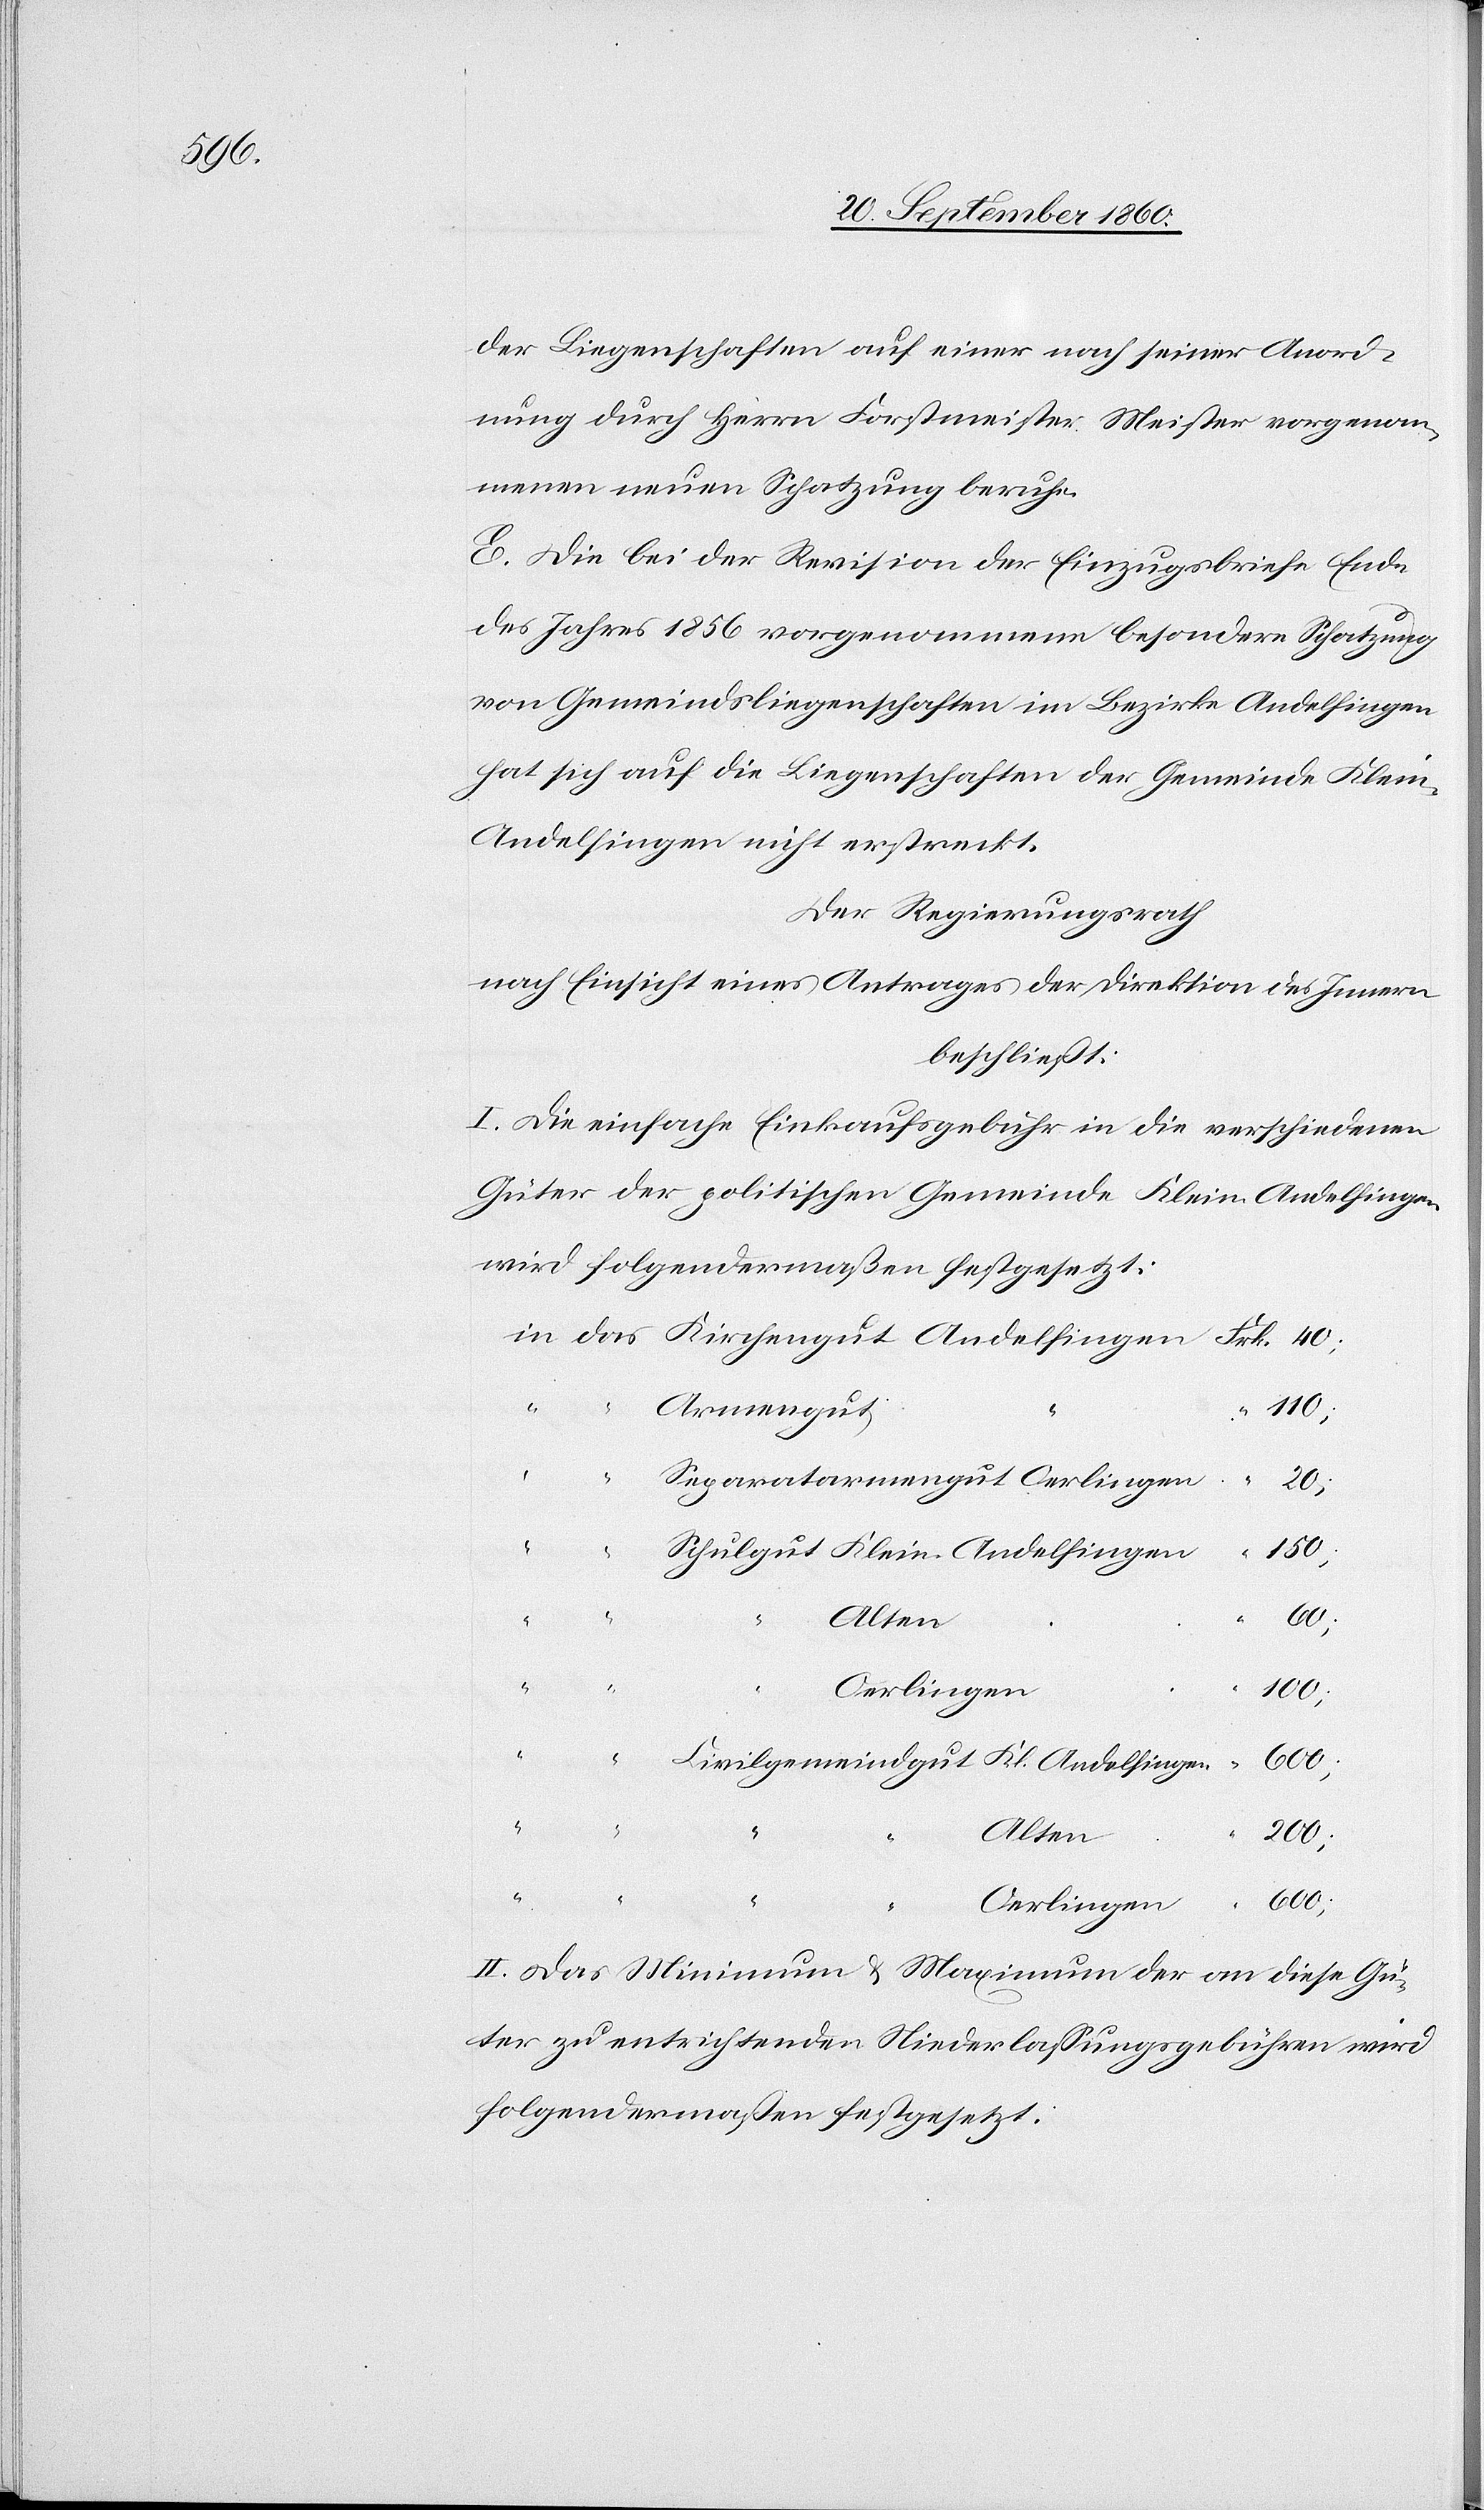
600;

der Liegenshaften auf einer nach seiner Anord¬
nung durch Herrn Forstmeister Meister vorgenom¬
menen neuen Schatzung beruhe.
E. Die bei der Revision der Einzugsbriefe Ende
des Jahres 1856 vorgenommene besondere Schatzung
von Gemeindsliegenschaften im Bezirke Andelfingen
hat sich auf die Liegenschaften der Gemeinde Klein-A¬
ndelfingen nicht erstreckt.
Der Regierungsrath
nach Einsicht eines Antrages der Direktion des Innern
beschließt:
I. Die einfache Einkaufsgebühr in die verschiedenen
Güter der politischen Gemeinde Klein-Andelfingen
wird folgendermaßen festgesetzt:
600;
“
“
“
“
150;
40;
“
Alten
60;
Oeringen
100;
II. Das Minimum & Maximum der an diese Gü¬
ter zu entrichtenden Niederlassungsgebühren wird
folgendermaßen festgesetzt.